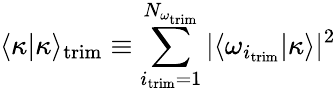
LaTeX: \langle\kappa|\kappa\rangle_{\mathrm{trim}}\equiv\sum_{i_{\mathrm{trim}}=1}^{N_{\omega_{\mathrm{trim}}}}|\langle\omega_{i_{\mathrm{trim}}}|\kappa\rangle|^{2}